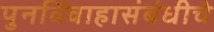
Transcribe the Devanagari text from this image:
पुनर्विवाहासंबंधीचे